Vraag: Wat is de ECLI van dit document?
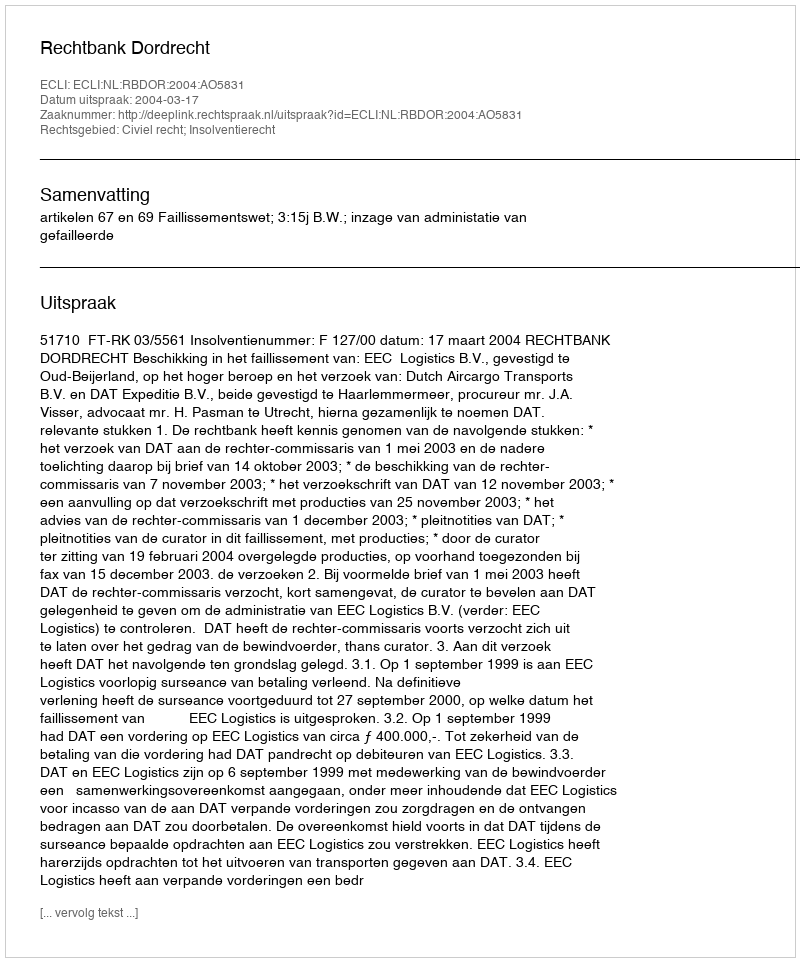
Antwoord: ECLI:NL:RBDOR:2004:AO5831